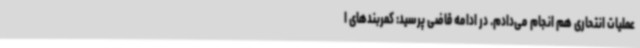
عملیات انتحاری هم انجام می‌دادم. در ادامه قاضی پرسید: کمربندهای ا